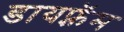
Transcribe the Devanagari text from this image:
डायफ़्रॅम